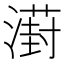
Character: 𣿝